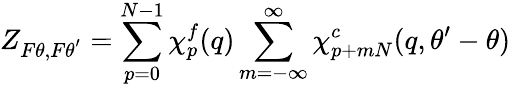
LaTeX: Z_{F\theta,F\theta^{'}}=\sum_{p=0}^{N-1}\chi_{p}^{f}(q)\sum_{m=-\infty}^{\infty}\chi_{p+mN}^{c}(q,\theta^{\prime}-\theta)